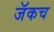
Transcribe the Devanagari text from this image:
जॅकच